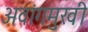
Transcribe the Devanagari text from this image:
अवांगमुखी